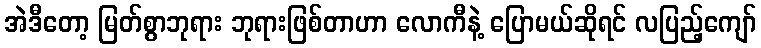
အဲဒီတော့ မြတ်စွာဘုရား ဘုရားဖြစ်တာဟာ လောကီနဲ့ ပြောမယ်ဆိုရင် လပြည့်ကျော်